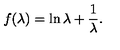
f ( \lambda ) = \ln \lambda + \frac 1 \lambda .